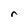
Character: r